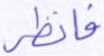
فانظر